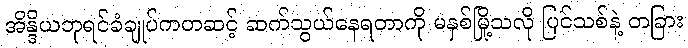
အိန္ဒိယဘုရင်ခံချုပ်ကတဆင့် ဆက်သွယ်နေရတာကို မနှစ်မြို့သလို ပြင်သစ်နဲ့ တခြား